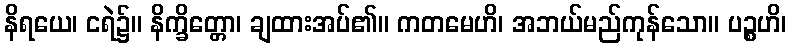
နိရယေ၊ ငရဲ၌။ နိက္ခိတ္တော၊ ချထားအပ်၏။ ကတမေဟိ၊ အဘယ်မည်ကုန်သော။ ပဉ္စဟိ၊